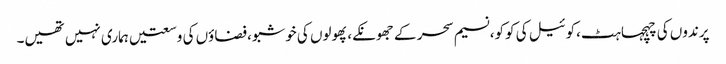
پرندوں کی چہچہاہٹ،کوئیل کی کوکو،نسیم سحر کے جھونکے،پھولوں کی خوشبو،فضاؤں کی وسعتیں ہماری نہیں تھیں۔